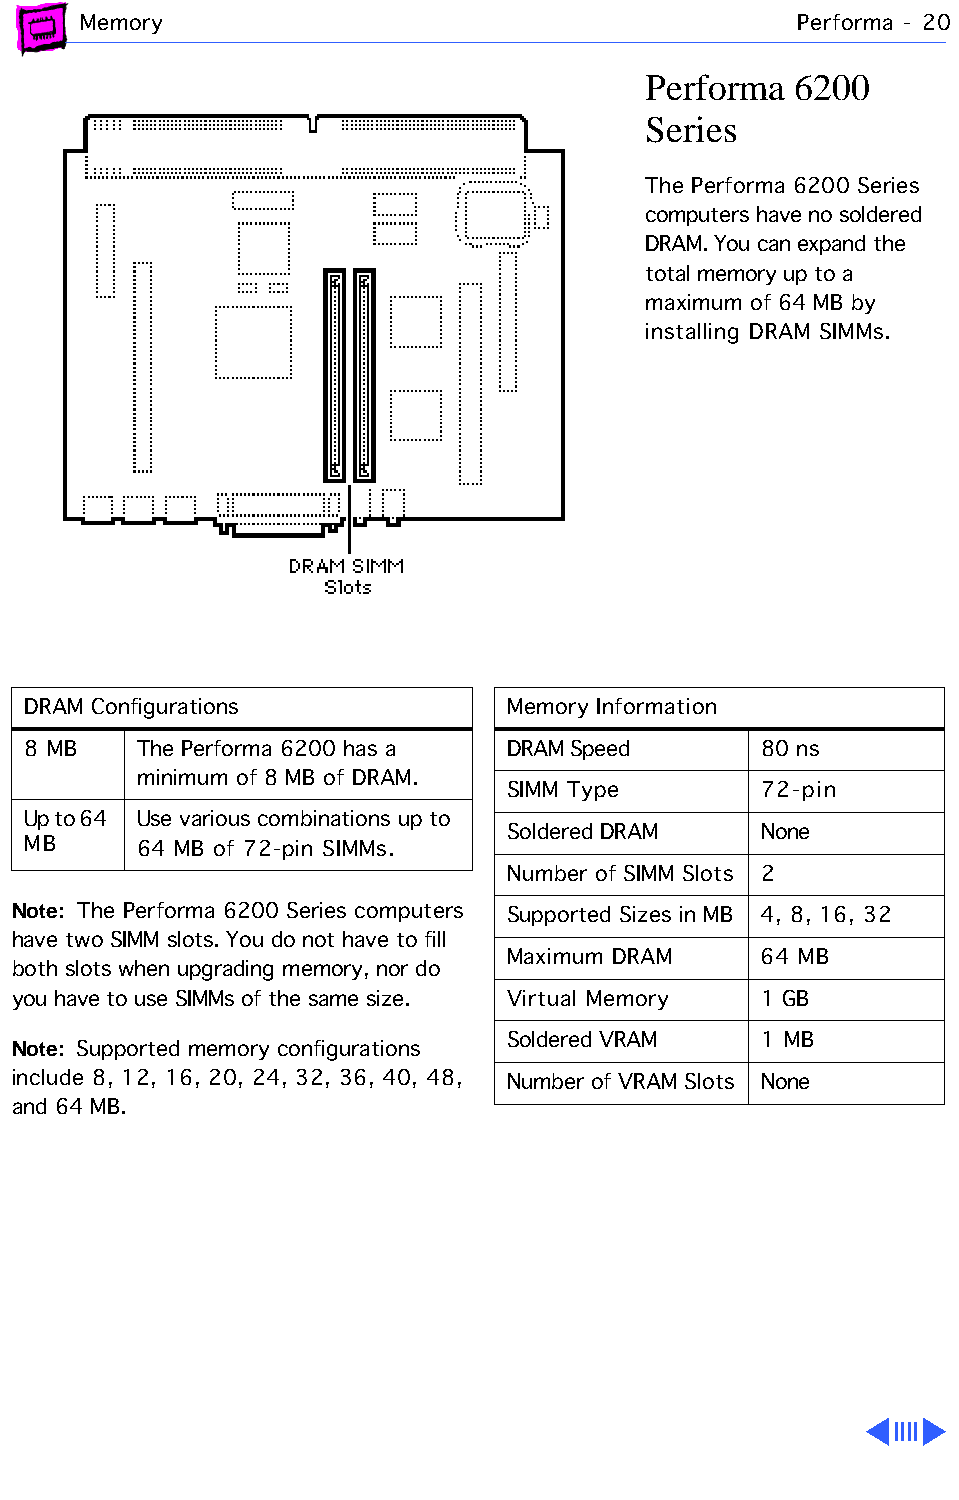
Memory                                         Performa - 20
 Performa  6200
 Series
 The Performa 6200 Series
 computers have no soldered
 DRAM. You can expand the
 total memory up to a
 maximum of 64 MB by
 installing DRAM SIMMs.
 DRAM Configurations             Memory Information
 8 MB    The Performa 6200 has a DRAM Speed       80 ns
 minimum of 8 MB of DRAM.
 SIMM Type        72-pin
 Up to 64 Use various combinations up to
 Soldered DRAM    None
 MB      64 MB of 72-pin SIMMs.
 Number of SIMM Slots 2
 Note: The Performa 6200 Series computers Supported Sizes in MB 4, 8, 16, 32
 have two SIMM slots. You do not have to fill
 Maximum DRAM     64 MB
 both slots when upgrading memory, nor do
 you have to use SIMMs of the same size. Virtual Memory 1 GB
 Note: Supported memory configurations Soldered VRAM 1 MB
 include 8, 12, 16, 20, 24, 32, 36, 40, 48, Number of VRAM Slots None
 and 64 MB.